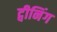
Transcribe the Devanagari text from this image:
ट्वीनिंग